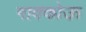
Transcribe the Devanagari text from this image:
गाक्कोऊ